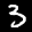
Label: 3